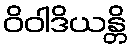
ဝိဝါဒိယန္တိ